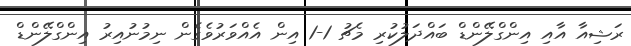
ރަޝިއާ އާއި އިންގްލޭންޑް ބައްދަލުކުރި މެޗު 1-1 އިން އެއްވަރުވެގެން ނިމުނުއިރު އިންގްލޭންޑް